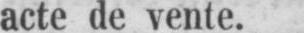
acte de vente.